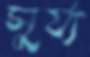
সুর্য্য